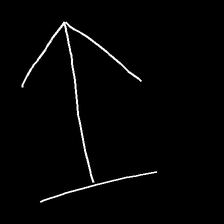
Glyph: levitation